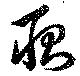
耿